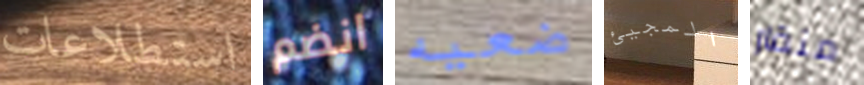
استطلاعات انضم ضعيه المجيئ منقار